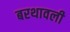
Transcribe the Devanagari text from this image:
बरथावली